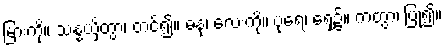
မြားကို။ သန္နယှိတွာ၊ တင်၍။ ဓနုံ၊ လေးကို။ ပုရေ၊ ရှေ့၌။ ကတွာ၊ ပြု၍။